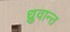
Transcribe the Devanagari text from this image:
ध्रुवान्त